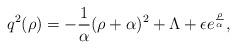
LaTeX: \begin{align*}q^{2}(\rho) = - {1 \over \alpha} (\rho + \alpha)^{2} + \Lambda+ \epsilon e^{\rho \over \alpha^{}},\end{align*}